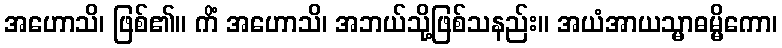
အဟောသိ၊ ဖြစ်၏။ ကိံ အဟောသိ၊ အဘယ်သို့ဖြစ်သနည်း။ အယံအာယသ္မာဓမ္မိကော၊